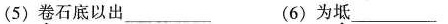
(5)卷石底以出___(6)为坻___